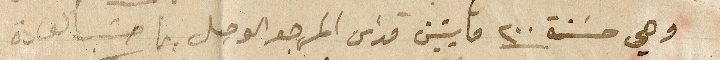
وهي حسنة ٢٠٠ مايتين قداس المرجو الوصل بها حسَب العادة